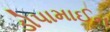
ડોપામાઈન